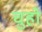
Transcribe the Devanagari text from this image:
चुहो